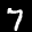
Label: 7